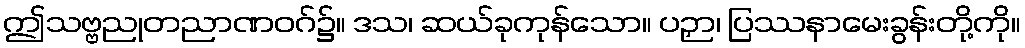
ဤသဗ္ဗညုတညာဏဝဂ်၌။ ဒသ၊ ဆယ်ခုကုန်သော။ ပဉှာ၊ ပြဿနာမေးခွန်းတို့ကို။